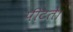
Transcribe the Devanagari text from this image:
पीटते।